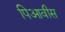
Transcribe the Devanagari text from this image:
पिआवीस